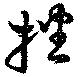
播